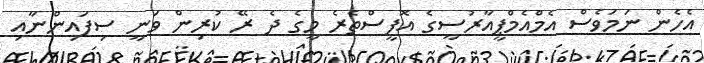
އެހެން ނަމަވެސް އެމްއެމްޕީއާރުސީގެ އޮފީސްތެރެ މީގެ ދެ ރޭ ކުރިން ވަނީ ސިފައިންނާއި